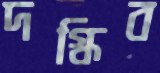
দগ্ধিব